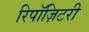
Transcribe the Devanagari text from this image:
रिपॉज़िटरी